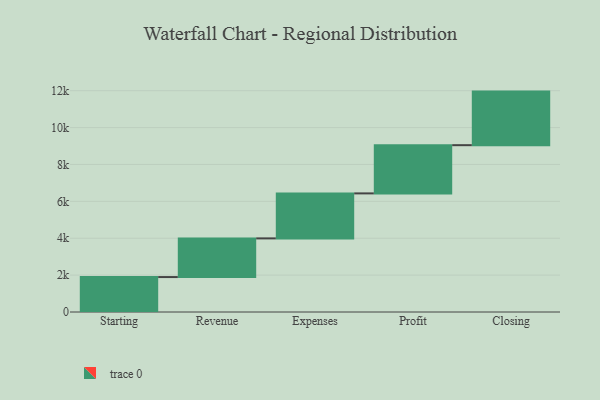
{"axis": {"x": "Step", "y": "Value"}, "legend": [""], "data": [{"x": "Starting", "y": 1895.0, "type": ""}, {"x": "Revenue", "y": 2097.0, "type": ""}, {"x": "Expenses", "y": 2440.0, "type": ""}, {"x": "Profit", "y": 2615.0, "type": ""}, {"x": "Closing", "y": 2905.0, "type": ""}]}